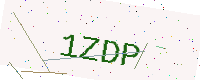
Text: 1ZDP